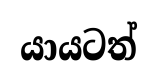
යායටත්